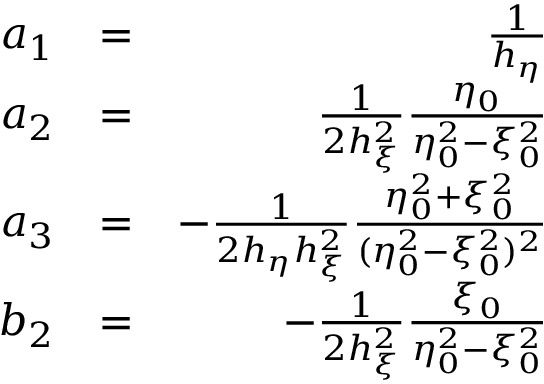
\begin{array} { r l r } { a _ { 1 } } & { = } & { \frac { 1 } { h _ { \eta } } } \\ { a _ { 2 } } & { = } & { \frac { 1 } { 2 h _ { \xi } ^ { 2 } } \frac { \eta _ { 0 } } { \eta _ { 0 } ^ { 2 } - \xi _ { 0 } ^ { 2 } } } \\ { a _ { 3 } } & { = } & { - \frac { 1 } { 2 h _ { \eta } h _ { \xi } ^ { 2 } } \frac { \eta _ { 0 } ^ { 2 } + \xi _ { 0 } ^ { 2 } } { ( \eta _ { 0 } ^ { 2 } - \xi _ { 0 } ^ { 2 } ) ^ { 2 } } } \\ { b _ { 2 } } & { = } & { - \frac { 1 } { 2 h _ { \xi } ^ { 2 } } \frac { \xi _ { 0 } } { \eta _ { 0 } ^ { 2 } - \xi _ { 0 } ^ { 2 } } } \end{array}